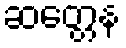
ဆတ္တေန